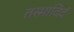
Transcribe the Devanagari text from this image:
तस्मादिदं